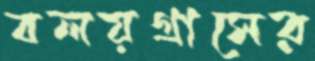
বলয়গ্রাসের